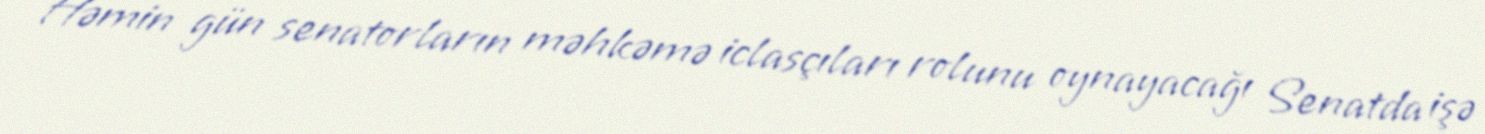
Həmin gün senatorların məhkəmə iclasçıları rolunu oynayacağı Senatda işə